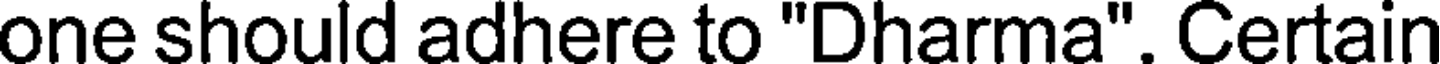
one should adhere to "Dharma". Certain